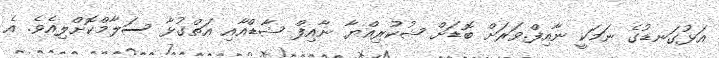
އަޅުގަނޑުގެ ނަމަކީ ނާއިފް.ވަރަށް ބޮޑަށް ޝުކުރިއްޔާ ނާއިފް ޝާޑްއާއި އަތްގުޅާ ސަލާމްކޮށްލިއެވެ. އެ